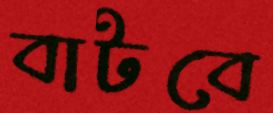
বাটবে